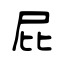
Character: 屁